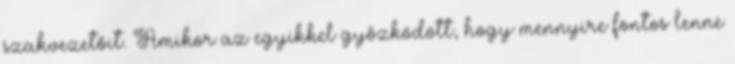
szakvezetőit. Amikor az egyikkel győzködött, hogy mennyire fontos lenne